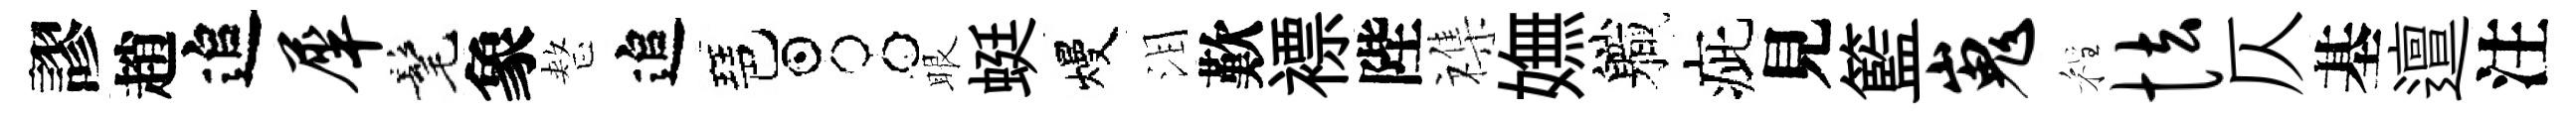
謬趙追犀髦象整追琶占眼蜓熳泪歎褾陛襍嫵軄疵見籃嵬程怯仄基邅注